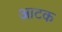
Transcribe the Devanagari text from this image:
आटक